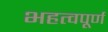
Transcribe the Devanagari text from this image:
भहत्वपूर्ण